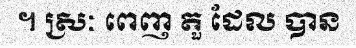
។ ស្រៈ ពេញ តួ ដែល បាន